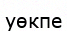
уөкпе